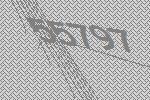
55797